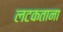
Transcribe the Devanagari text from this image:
लटकताना